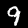
Digit: 9